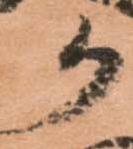
か